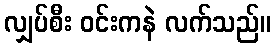
လျှပ်စီး ဝင်းကနဲ လက်သည်။